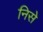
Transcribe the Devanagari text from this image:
निसे